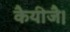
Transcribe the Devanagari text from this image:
कैयीजै।